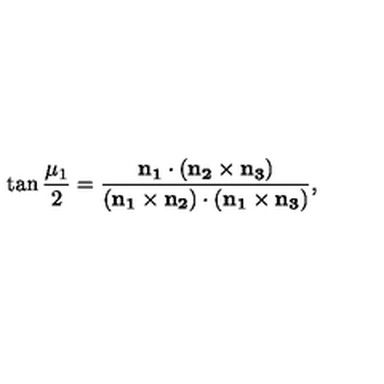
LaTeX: \tan { \frac { \mu _ { 1 } } 2 } = \frac { \bf { n } _ { 1 } \cdot ( \bf { n } _ { 2 } \times \bf { n } _ { 3 } ) } { ( \bf { n } _ { 1 } \times \bf { n } _ { 2 } ) \cdot ( \bf { n } _ { 1 } \times \bf { n } _ { 3 } ) } ,